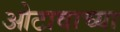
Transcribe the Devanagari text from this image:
ओटावाच्या